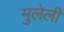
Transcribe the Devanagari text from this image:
मुलेली